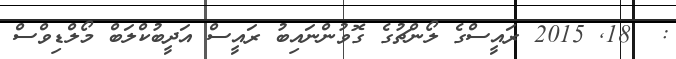
:  18